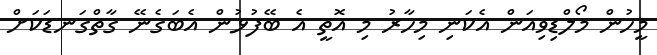
މީހުން މޯލްޑިވިއަން އެކަނި މިހާރު މި އޮތީ އެ ބޭފުޅުން އެބަގެނޭ ގާތްގަނޑަކަށް